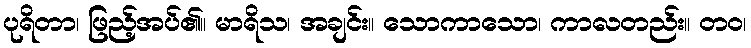
ပုရိတာ၊ ဖြည့်အပ်၏။ မာရိသ၊ အချင်း။ သောကာသော၊ ကာလတည်း။ တဝ၊